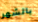
بالشهر